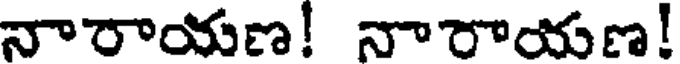
నారాయణ! నారాయణ!